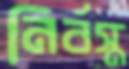
নির্বস্ত্র